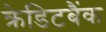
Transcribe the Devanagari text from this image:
क्रेडिटबैंक